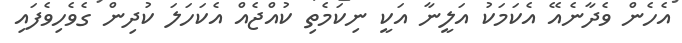
އެހެން ވެދާނެއޭ އެކަމަކު އަލީނާ އަކީ ނިކަމެތި ކުއްޖެއް އެކަހަލަ ކުދިން ގެވެހިވެފައި